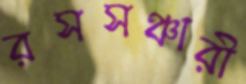
রসসঞ্চারী